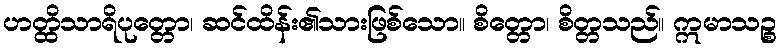
ဟတ္ထိသာရိပုတ္တော၊ ဆင်ထိန်း၏သားဖြစ်သော။ စိတ္တော၊ စိတ္တသည်။ ဣမာသဉ္စ